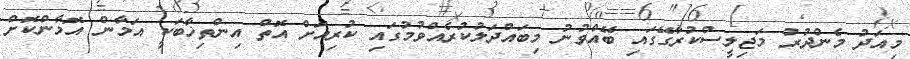
މިއަދު މެންދުރު މަޖިލީސްކުރާގޭގައި ބޭއްވުނު މިބައްދަލުކުރެއްވުމުގައި ކުރިއަށް އޮތް އިންތިޚާބަކީ އަމާން އޮމާންކޮށް